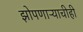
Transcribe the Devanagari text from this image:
झोपणाऱ्याचीही